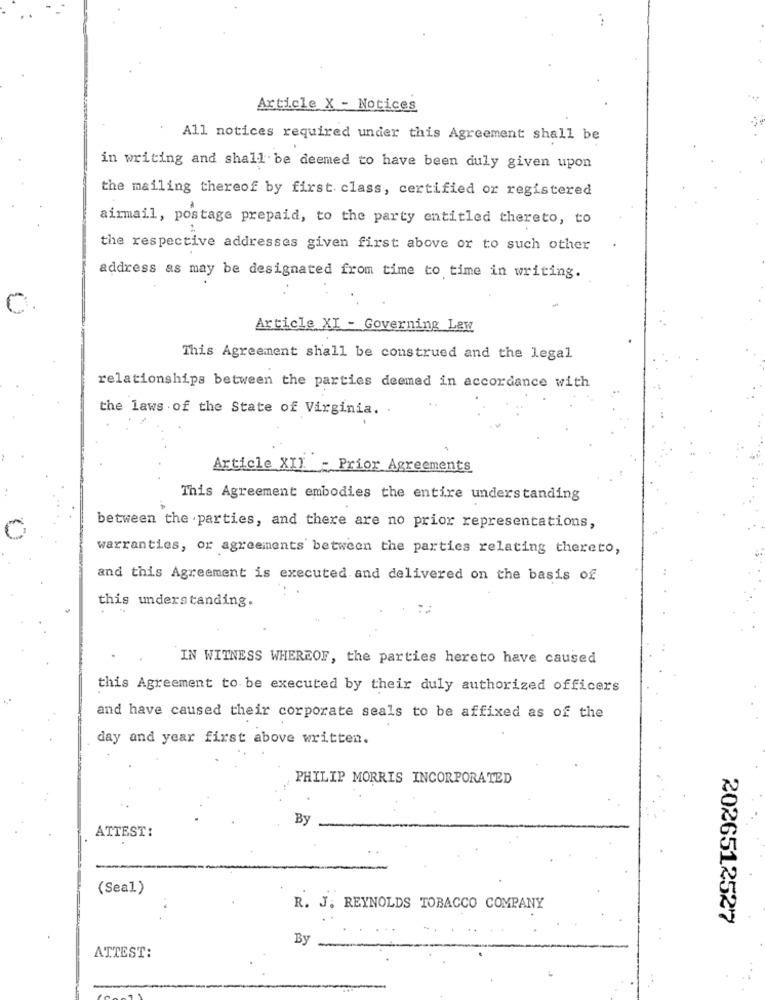
...
Article X - Notices
All notices required under this Agreement shall be
in writing and shall be deemed to have been duly given upon
the mailing thereof by first class, certified or registered
airmail, postage prepaid, to the party entitled thereto, to
the respective addresses given first above or to such other
address as may be designated from time to time in writing.
0
Article XI - Governing Lew
This Agreement shall be construed and the legal
relationships between the parties deemed in accordance with
the laws of the State of Virginia.
Article XII - Prior Agreements
This Agreement embodies the entire understanding
between the parties, and there are no prior representations,
warranties, or agreements between the parties relating thereto,
and this Agreement is executed and delivered on the basis of
this understanding.
IN WITNESS WHEREOF, the parties hereto have caused
this Agreement to be executed by their duly authorized officers
and have caused their corporate seals to be affixed as of the
day and year first above written.
PHILIP MORRIS INCORPORATED
By
ATTEST:
(Seal)
R. J. REYNOLDS TOBACCO COMPANY
2026512527
By
ATTEST: